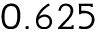
0 . 6 2 5